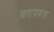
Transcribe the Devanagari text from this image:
खणावयास